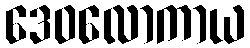
ဒေဝလောကာယ